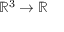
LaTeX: \mathbb { R } ^ { 3 } \to \mathbb { R }